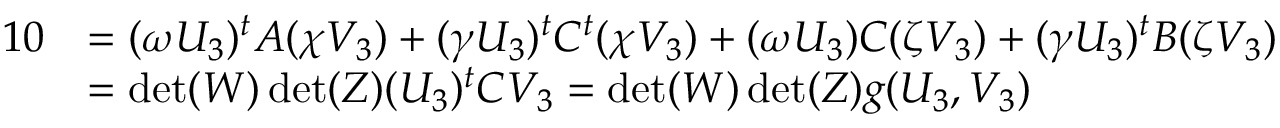
\begin{array} { r l } { { 1 } 0 } & { = ( \omega U _ { 3 } ) ^ { t } A ( \chi V _ { 3 } ) + ( \gamma U _ { 3 } ) ^ { t } C ^ { t } ( \chi V _ { 3 } ) + ( \omega U _ { 3 } ) C ( \zeta V _ { 3 } ) + ( \gamma U _ { 3 } ) ^ { t } B ( \zeta V _ { 3 } ) } \\ & { = \operatorname* { d e t } ( W ) \operatorname* { d e t } ( Z ) ( U _ { 3 } ) ^ { t } C V _ { 3 } = \operatorname* { d e t } ( W ) \operatorname* { d e t } ( Z ) g ( U _ { 3 } , V _ { 3 } ) } \end{array}